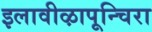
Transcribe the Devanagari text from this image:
इलावीऴापून्चिरा